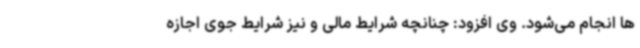
ها انجام می‌شود. وی افزود: چنانچه شرایط مالی و نیز شرایط جوی اجازه